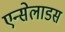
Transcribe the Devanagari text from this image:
एन्सेलाडस